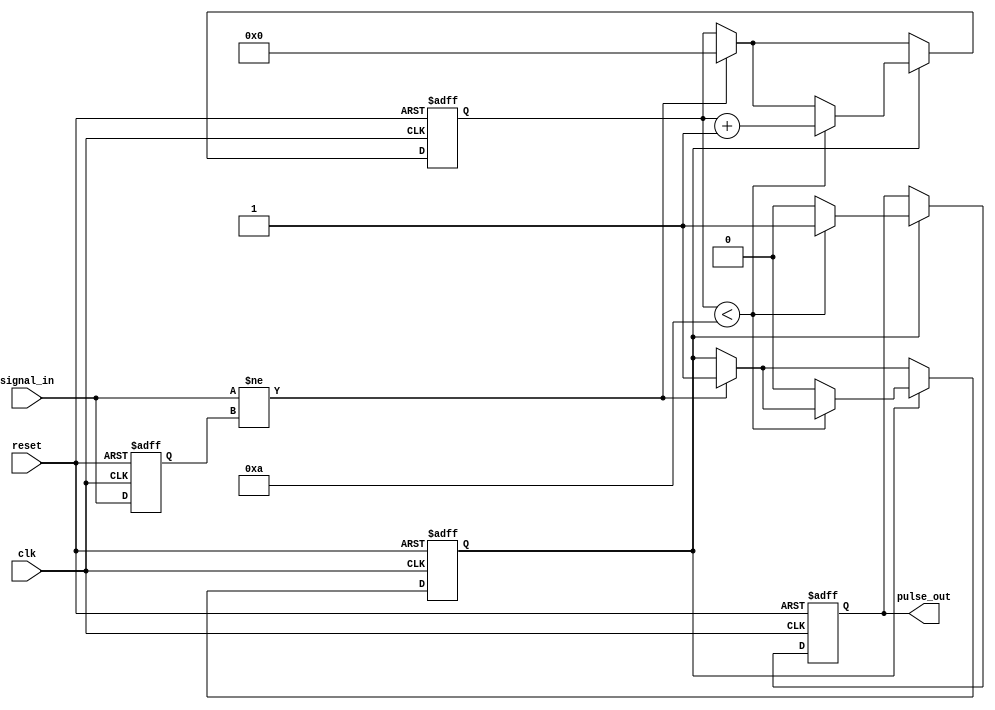
module monostable_edge_detector #(
    parameter PULSE_WIDTH = 10 // Pulse width in clock cycles
)(
    input wire clk,             // System clock
    input wire reset,           // Asynchronous reset
    input wire signal_in,       // Input signal to detect edges
    output reg pulse_out        // Output pulse signal
);

    // State to hold the previous state of the input signal
    reg signal_in_prev;

    // Counter for pulse width
    reg [3:0] pulse_counter; // Adjust size based on PULSE_WIDTH

    // State to indicate if pulse is active
    reg pulse_active;

    // Edge detection logic
    always @(posedge clk or posedge reset) begin
        if (reset) begin
            signal_in_prev <= 1'b0;
            pulse_out <= 1'b0;
            pulse_counter <= 0;
            pulse_active <= 1'b0;
        end else begin
            // Edge detection
            if (signal_in != signal_in_prev) begin
                // Edge detected
                pulse_active <= 1'b1;
                pulse_counter <= 0; // Reset counter
            end
            
            // Update previous state
            signal_in_prev <= signal_in;

            // Pulse generation logic
            if (pulse_active) begin
                if (pulse_counter < PULSE_WIDTH) begin
                    pulse_counter <= pulse_counter + 1;
                    pulse_out <= 1'b1; // Assert pulse
                end else begin
                    pulse_active <= 1'b0; // End pulse
                    pulse_out <= 1'b0; // Deassert pulse
                end
            end
        end
    end

endmodule